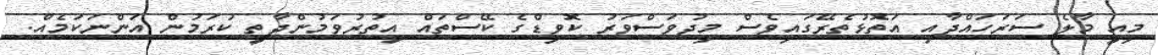
މިއީ މާލެ ސަރަހައްދާއި އަތޮޅުތެރޭގައިވެސް މިދުވަސްވަރު ކޮވިޑްގެ ކޭސްތައް އިތުރުވަމުންދާތީ ކުރަމުން އަންނަކަމެއް.